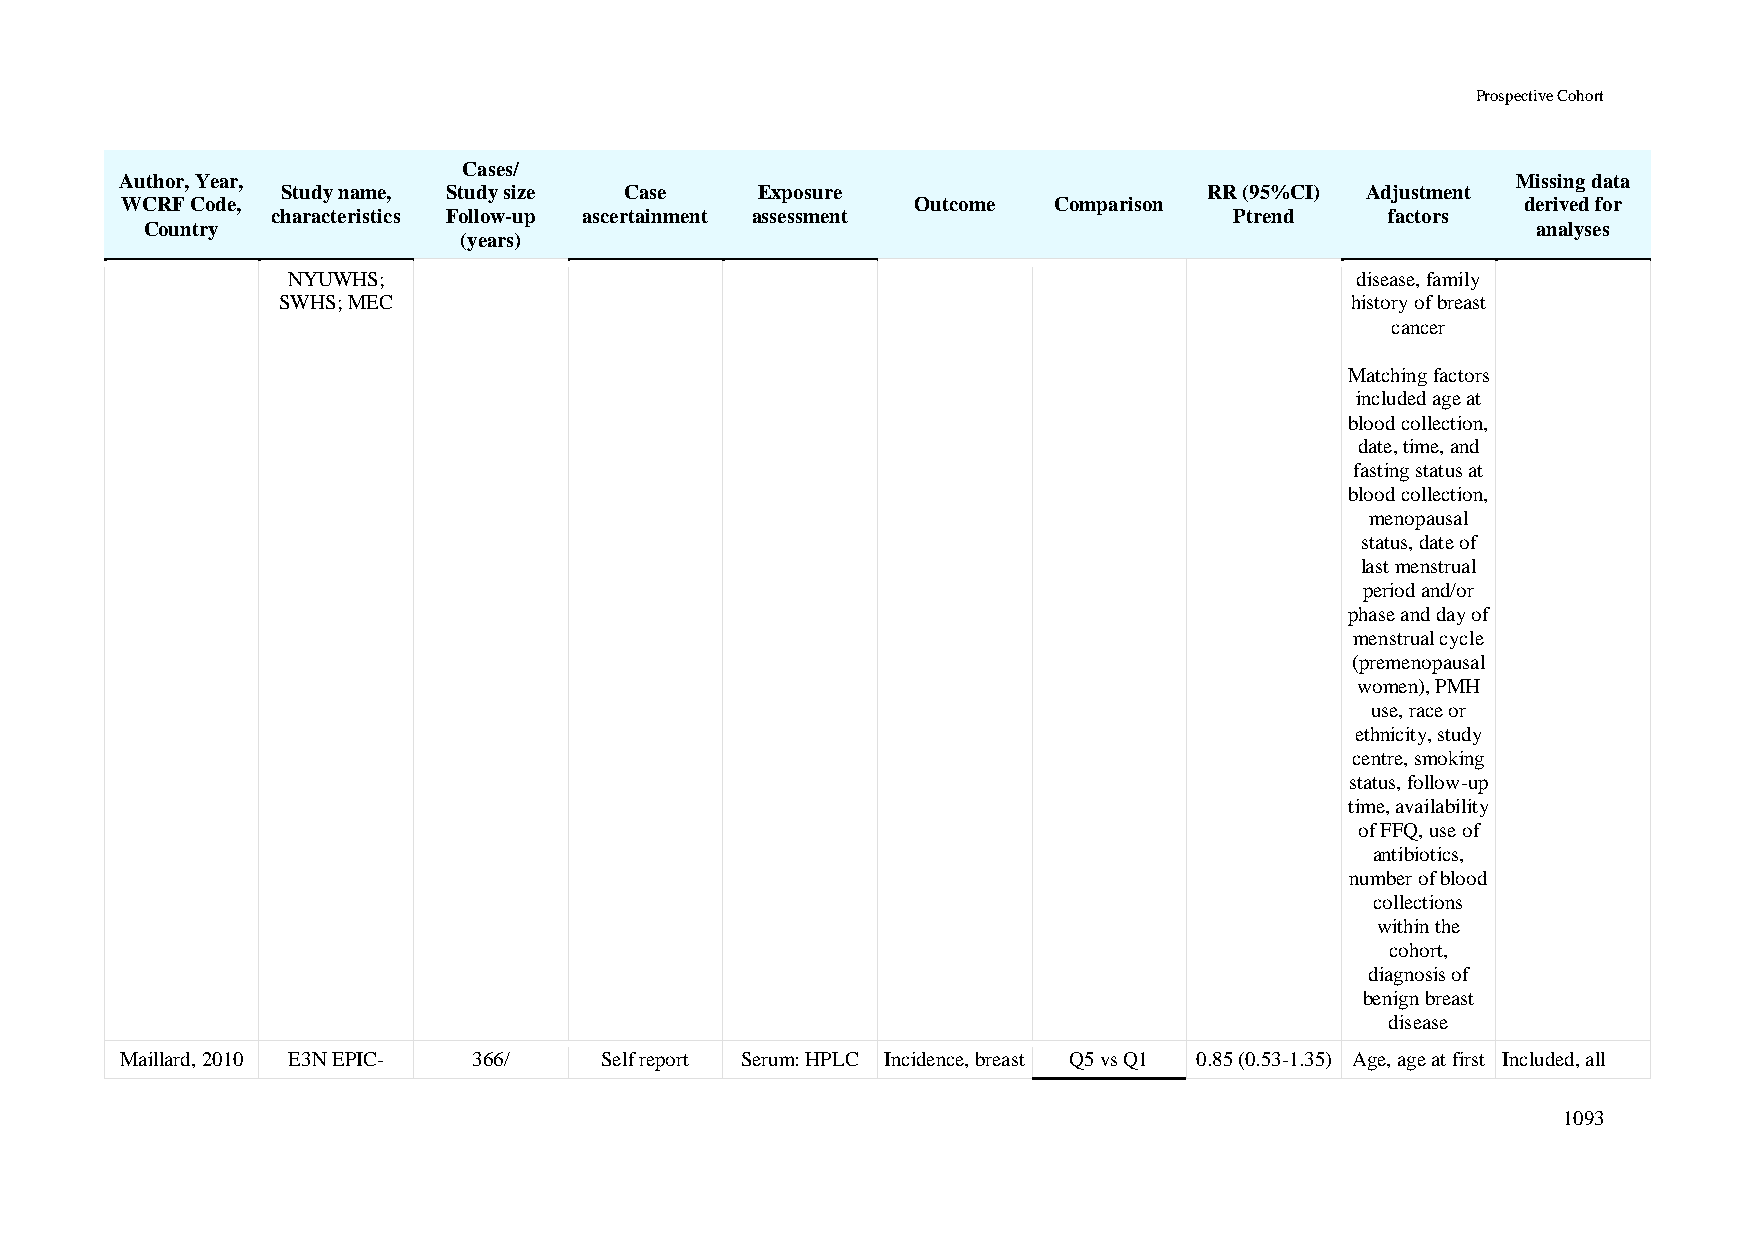
Prospective Cohort
 Cases/
 Author, Year,                                                                               Missing data
 Study name, Study size Case    Exposure                      RR (95%CI) Adjustment
 WCRF Code,                                           Outcome  Comparison                     derived for
 characteristics Follow-up ascertainment assessment              Ptrend    factors
 Country                                                                                     analyses
 (years)
 NYUWHS;                                                                disease, family
 SWHS; MEC                                                              history of breast
 cancer
 Matching factors
 included age at
 blood collection,
 date, time, and
 fasting status at
 blood collection,
 menopausal
 status, date of
 last menstrual
 period and/or
 phase and day of
 menstrual cycle
 (premenopausal
 women), PMH
 use, race or
 ethnicity, study
 centre, smoking
 status, follow-up
 time, availability
 of FFQ, use of
 antibiotics,
 number of blood
 collections
 within the
 cohort,
 diagnosis of
 benign breast
 disease
 Maillard, 2010 E3N EPIC- 366/   Self report Serum: HPLC Incidence, breast Q5 vs Q1 0.85 (0.53-1.35) Age, age at first Included, all
 1093